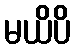
မယိပိ